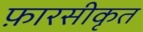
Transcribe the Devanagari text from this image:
फ़ारसीकृत